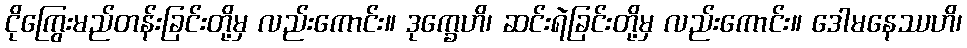
ငိုကြွေးမည်တန်းခြင်းတို့မှ လည်းကောင်း။ ဒုက္ခေဟိ၊ ဆင်းရဲခြင်းတို့မှ လည်းကောင်း။ ဒေါမနေဿဟိ၊